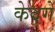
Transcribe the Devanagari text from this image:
केदगें